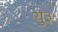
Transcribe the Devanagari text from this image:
यु३